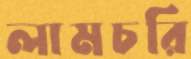
লামচরি